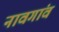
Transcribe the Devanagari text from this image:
नावगांव